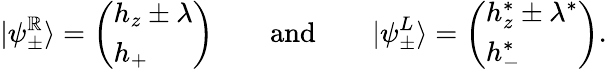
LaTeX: |\psi_{\pm}^{\mathbb{R}}\rangle=\left(\begin{array}{l}{h_{z}\pm\lambda}\\ {h_{+}}\end{array}\right)\qquad\textnormal{and}\qquad|\psi_{\pm}^{L}\rangle=\left(\begin{array}{l}{h_{z}^{*}\pm\lambda^{*}}\\ {h_{-}^{*}}\end{array}\right).